Problem: 2 × 5 = ?
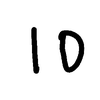
Handwritten answer: 10